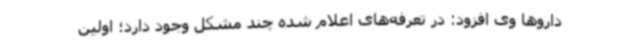
داروها وی افزود: در تعرفه‌های اعلام شده چند مشکل وجود دارد؛ اولین